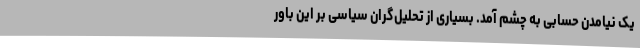
یک نیامدن حسابی به چشم آمد. بسیاری از تحلیل‌گران سیاسی بر این باور